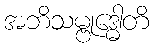
အဘိသမ္ဗုဒ္ဓေါတိ